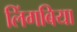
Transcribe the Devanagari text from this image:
लिंगबिया